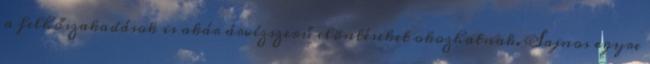
a felhőszakadások is akár árvízszerű elöntéseket okozhatnak. Sajnos egyre